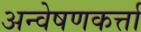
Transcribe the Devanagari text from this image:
अन्वेषणकर्त्ता